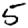
Digit: 5